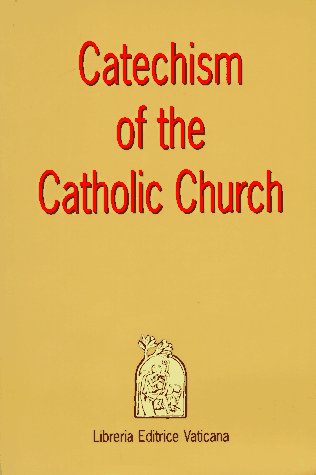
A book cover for Catechism of the Catholic Church/English; Liguori Publications; Christian Books & Bibles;